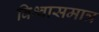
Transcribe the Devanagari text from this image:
विश्वासमात्र